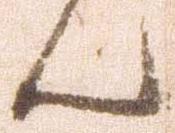
ん